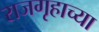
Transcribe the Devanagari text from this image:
राजगृहाच्या